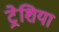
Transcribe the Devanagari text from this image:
ट्रेशिया